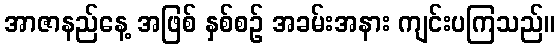
အာဇာနည်နေ့ အဖြစ် နှစ်စဉ် အခမ်းအနား ကျင်းပကြသည်။